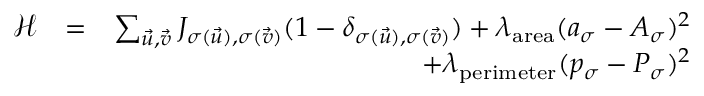
\begin{array} { r l r } { \mathcal { H } } & { = } & { \sum _ { \vec { u } , \vec { v } } J _ { \sigma ( \vec { u } ) , \sigma ( \vec { v } ) } ( 1 - \delta _ { \sigma ( \vec { u } ) , \sigma ( \vec { v } ) } ) + \lambda _ { \mathrm { a r e a } } ( a _ { \sigma } - A _ { \sigma } ) ^ { 2 } } \\ & { } & { + \lambda _ { \mathrm { p e r i m e t e r } } ( p _ { \sigma } - P _ { \sigma } ) ^ { 2 } } \end{array}